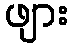
ဖျား